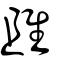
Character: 雎